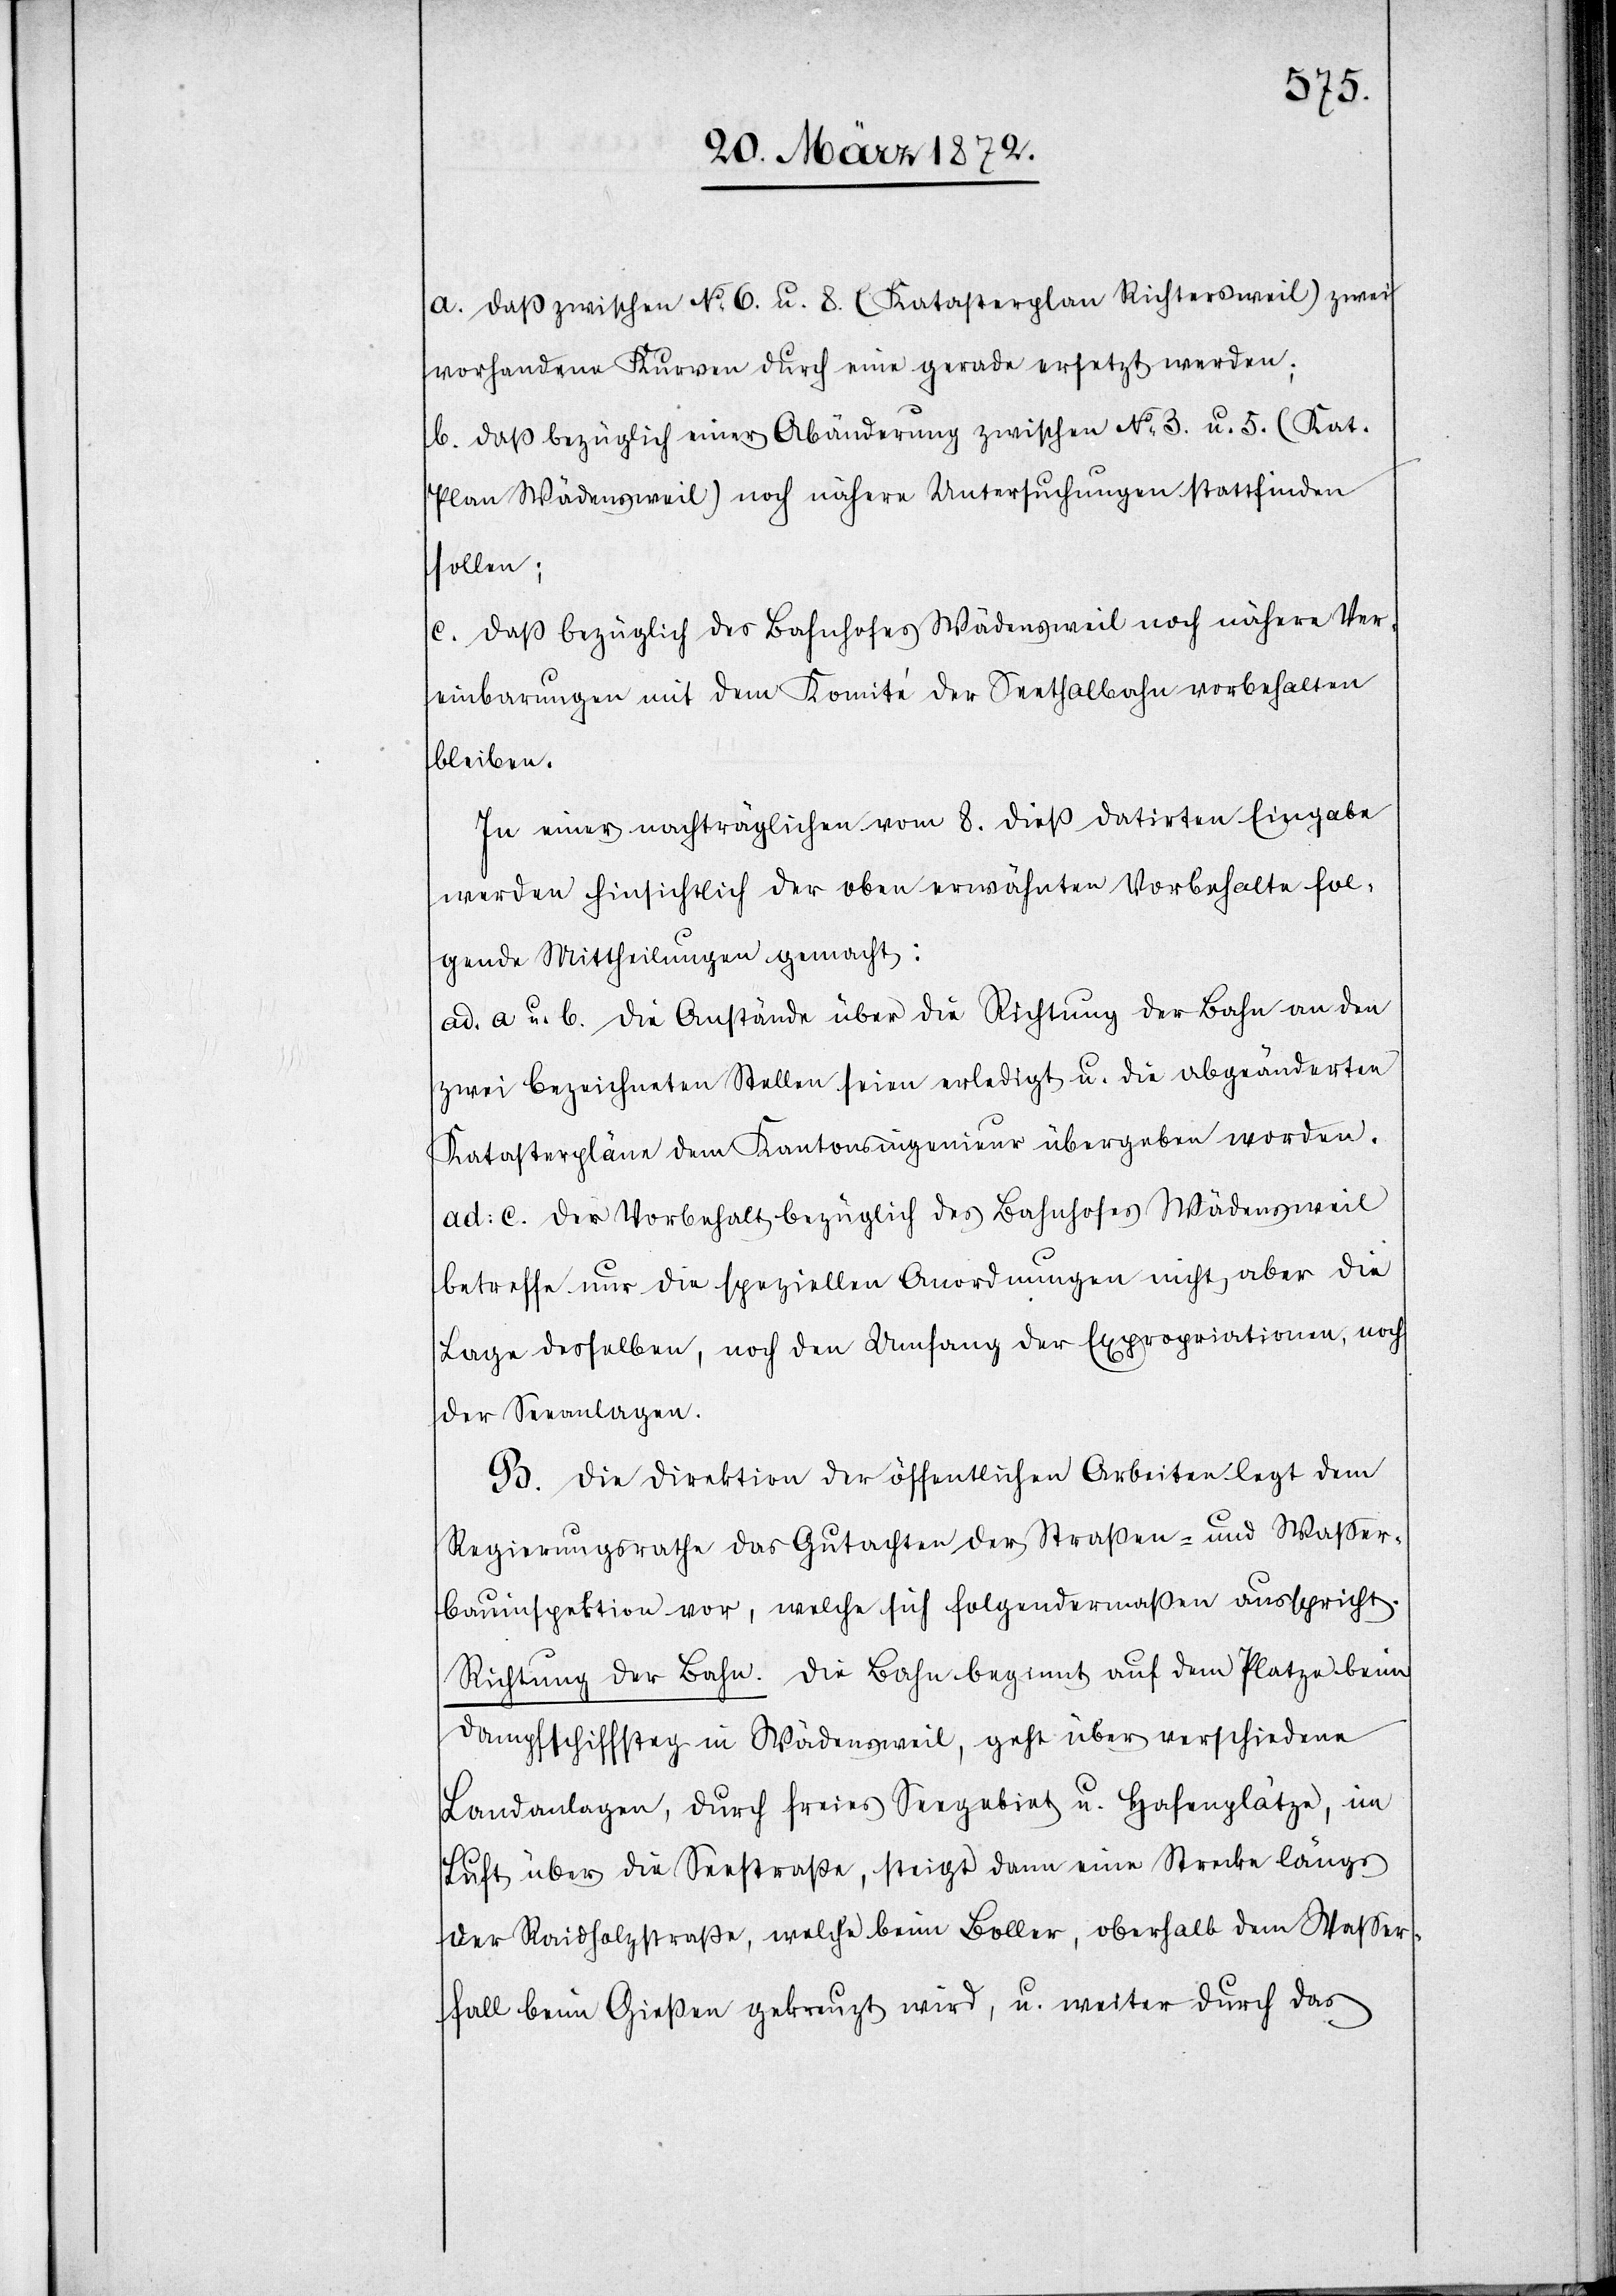
a. Daß zwischen No 6. u. 8. (Katasterplan Richtersweil) zwei
vorhandene Kurven durch eine gerade ersetzt werden;
b. Daß bezüglich einer Abänderung zwischen No 3. u. 5. (Kat.
Plan Wädensweil) noch nähere Untersuchungen stattfinden
sollen;
c. Daß bezüglich des Bahnhofes Wädensweil noch nähere Ver¬
einbarungen mit dem Komité der Seethalbahn vorbehalten
bleiben.
In einer nachträglichen vom 8. dieß datirten Eingabe
werden hinsichtlich der oben erwähnten Vorbehalte fol¬
gende Mittheilungen gemacht:
ad. a[.] u. b. Die Anstände über die Richtung der Bahn an den
zwei bezeichneten Stellen seien erledigt u. die abgeänderten
Katasterpläne dem Kantonsingenieur übergeben worden.
ad. c. Der Vorbehalt bezüglich des Bahnhofes Wädensweil
betreffe nur die speziellen Anordnungen nicht aber die
Lage desselben, noch den Umfang der Expropriationen, noch
der Seeanlagen.
B. Die Direktion der öffentlichen Arbeiten legt dem
Regierungsrathe das Gutachten der Straßen- und Wasser¬
bauinspektion vor, welche sich folgendermaßen ausspricht.
Richtung der Bahn. Die Bahn beginnt auf dem Platze beim
Dampfschiffsteg in Wädensweil, geht über verschiedene
Landanlagen, durch freies Seegebiet u. Hafenplätze, im
Luft über die Seestraße, steigt dann eine Strecke längs
der Raidholzstraße, welche beim Boller, oberhalb dem Wasser¬
fall beim Gießen gekreuzt wird, u. weiter durch das